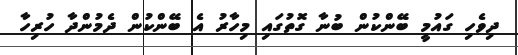
ދިވެހި ގައުމީ ބޭންކުން ބުނާ ގޮތުގައި މިހާރު އެ ބޭންކުން ދެމުންދާ ހުރިހާ